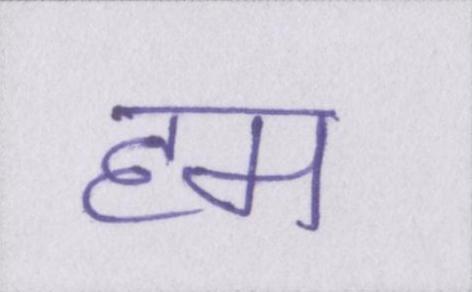
हम